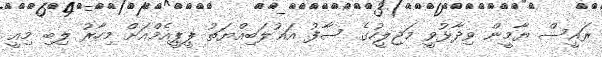
ރައީސް ޔާމީން ވިދާޅުވީ މަޖިލީހުގެ ސާފު އަޣުލަބިއްޔަތު ޕީޕީއެމްއަށް މިހާރު ލިބި މިއީ